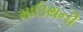
માઉથની